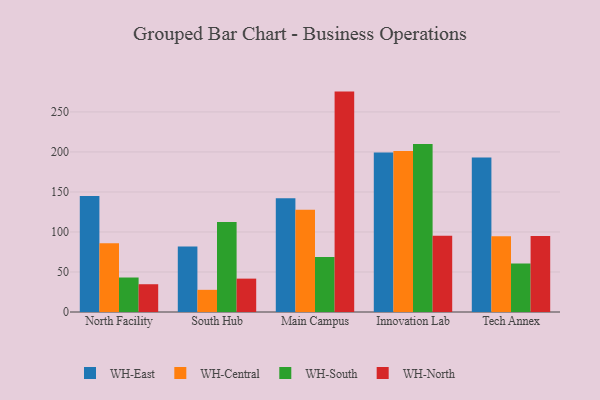
{"axis": {"x": "Campus", "y": "Waste Production (Tons)"}, "legend": ["WH-Central", "WH-East", "WH-North", "WH-South"], "data": [{"x": "North Facility", "y": 145.1, "type": "WH-East"}, {"x": "North Facility", "y": 85.8, "type": "WH-Central"}, {"x": "North Facility", "y": 43.1, "type": "WH-South"}, {"x": "North Facility", "y": 34.7, "type": "WH-North"}, {"x": "South Hub", "y": 82.0, "type": "WH-East"}, {"x": "South Hub", "y": 27.7, "type": "WH-Central"}, {"x": "South Hub", "y": 112.5, "type": "WH-South"}, {"x": "South Hub", "y": 41.7, "type": "WH-North"}, {"x": "Main Campus", "y": 142.2, "type": "WH-East"}, {"x": "Main Campus", "y": 127.7, "type": "WH-Central"}, {"x": "Main Campus", "y": 68.8, "type": "WH-South"}, {"x": "Main Campus", "y": 275.4, "type": "WH-North"}, {"x": "Innovation Lab", "y": 199.3, "type": "WH-East"}, {"x": "Innovation Lab", "y": 201.3, "type": "WH-Central"}, {"x": "Innovation Lab", "y": 210.0, "type": "WH-South"}, {"x": "Innovation Lab", "y": 95.3, "type": "WH-North"}, {"x": "Tech Annex", "y": 193.1, "type": "WH-East"}, {"x": "Tech Annex", "y": 94.7, "type": "WH-Central"}, {"x": "Tech Annex", "y": 60.6, "type": "WH-South"}, {"x": "Tech Annex", "y": 95.1, "type": "WH-North"}]}